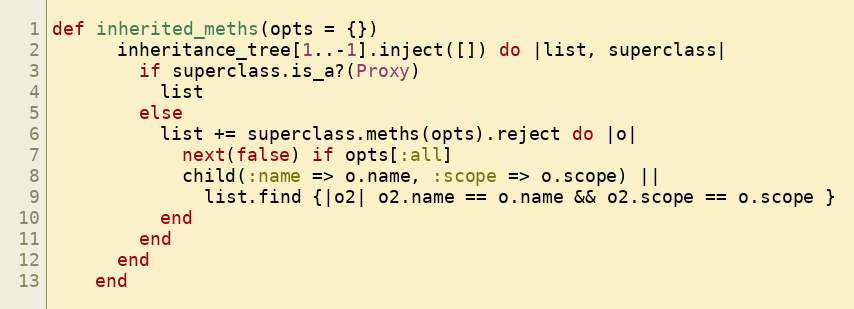
Language: Ruby
def inherited_meths(opts = {})
      inheritance_tree[1..-1].inject([]) do |list, superclass|
        if superclass.is_a?(Proxy)
          list
        else
          list += superclass.meths(opts).reject do |o|
            next(false) if opts[:all]
            child(:name => o.name, :scope => o.scope) ||
              list.find {|o2| o2.name == o.name && o2.scope == o.scope }
          end
        end
      end
    end